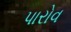
પારોવ